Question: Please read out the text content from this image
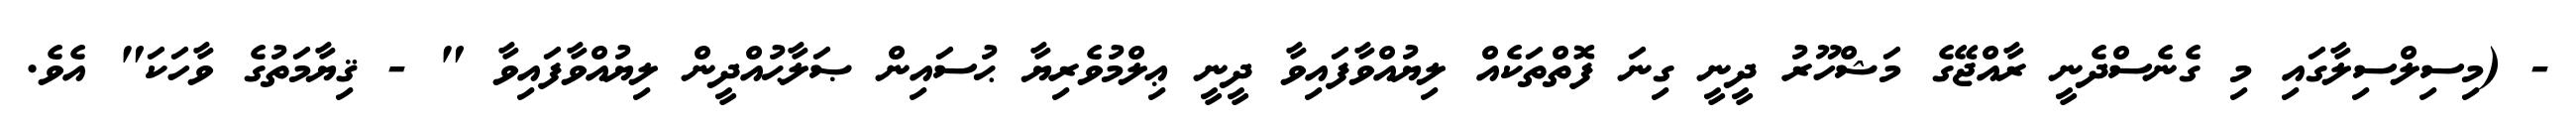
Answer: - (މިސިލްސިލާގައި މި ގެނެސްދެނީ ރާއްޖޭގެ މަޝްހޫރު ދީނީ ގިނަ ފޮތްތަކެއް ލިޔުއްވާފައިވާ ދީނީ ޢިލްމުވެރިޔާ ޙުސައިން ޞަލާޙުއްދީން ލިޔުއްވާފައިވާ " - ޤިޔާމަތުގެ ވާހަކަ" އެވެ.